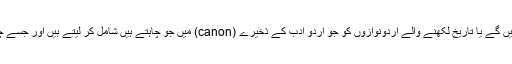
اب آپ اردو کو متعصب کہیں گے یا تاریخ لکھنے والے اردونوازوں کو جو اردو ادب کے ذخیرے (canon) میں جو چاہتے ہیں شامل کر لیتے ہیں اور جسے چاہتے ہیں باہر رکھتے ہیں؟